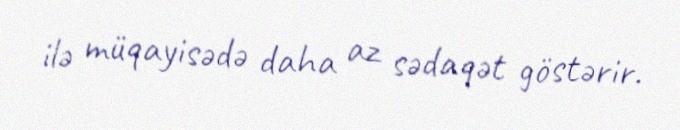
ilə müqayisədə daha az sədaqət göstərir.